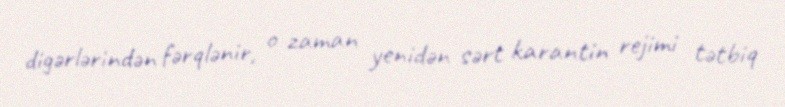
digərlərindən fərqlənir, o zaman yenidən sərt karantin rejimi tətbiq